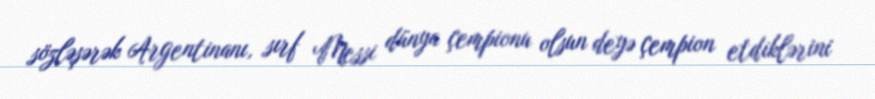
sözləşərək Argentinanı, sırf Messi dünya çempionu olsun deyə çempion etdiklərini